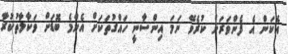
އެކަން އެ ފެންވަރަށް ކުރެވޭ ނަމަ އިންސާނީ ހައްގުތަކަށް އެންމެ ބޮޑަށް ވަކާލާތުކުރާ